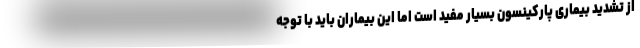
از تشدید بیماری پارکینسون بسیار مفید است اما این بیماران باید با توجه